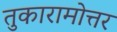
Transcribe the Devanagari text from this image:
तुकारामोत्तर